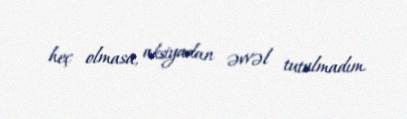
heç olmasa, aksiyadan əvvəl tutulmadım.